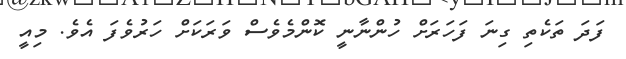
ފަދަ ތަކެތި ގިނަ ފަހަރަށް ހުންނާނީ ކޮންމެވެސް ވަރަކަށް ހަރުވެފަ އެވެ. މިއީ